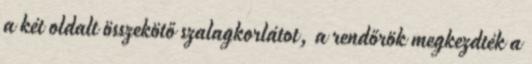
a két oldalt összekötő szalagkorlátot, a rendőrök megkezdték a